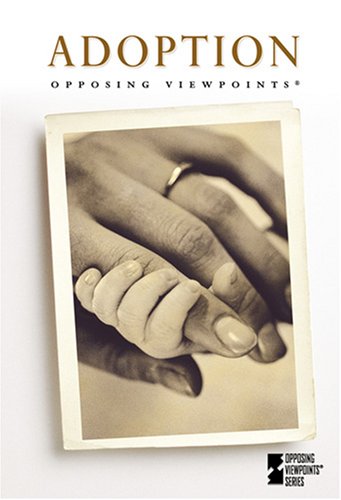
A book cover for Adoption (Opposing Viewpoints); Mary Williams; Teen & Young Adult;